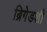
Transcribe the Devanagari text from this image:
ब्रिगेडशी